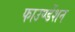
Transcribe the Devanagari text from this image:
फाउण्डेंशन